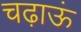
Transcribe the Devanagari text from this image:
चढ़ाऊं